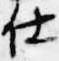
仕